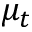
\mu _ { t }